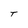
Character: T